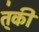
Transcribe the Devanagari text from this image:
त्॑की